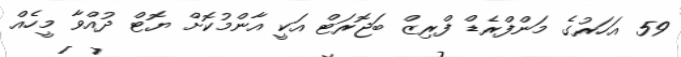
59 އަހަރުގެ މަންފްރެޑް ފްރިޒް ބަޖޮރަޓް އަކީ އާންމުކޮށް ޔޮޓް ދުއްވާ މީހެއް